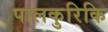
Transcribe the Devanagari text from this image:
पालकुरिकि